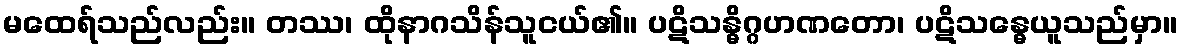
မထေရ်သည်လည်း။ တဿ၊ ထိုနာဂသိန်သူငယ်၏။ ပဋိသန္ဓိဂ္ဂဟဏတော၊ ပဋိသန္ဓေယူသည်မှာ။